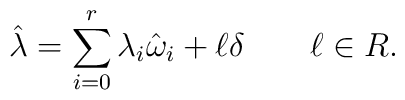
\hat{\lambda}=\sum_{i=0}^{r}\lambda_{i}\hat{\omega}_{i}+\ell\delta\qquad\ell\in R.